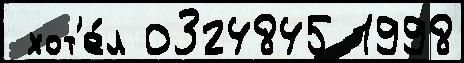
 хот'е́л 0324845 1998